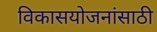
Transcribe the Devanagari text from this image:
विकासयोजनांसाठी